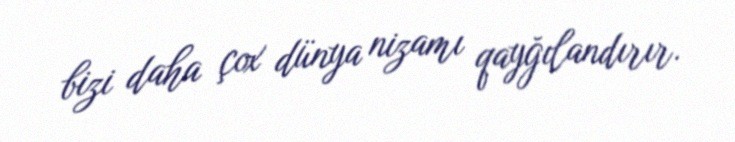
bizi daha çox dünya nizamı qayğılandırır.